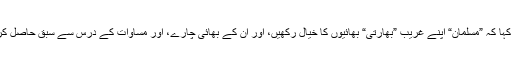
اور کہا کہ ”مسلمان“ اپنے غریب ”بھارتی“ بھائیوں کا خیال رکھیں، اور ان کے بھائی چارے، اور مساوات کے درس سے سبق حاصل کریں۔